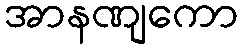
အာနဏျကော